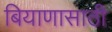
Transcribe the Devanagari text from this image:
बियाणासाठी